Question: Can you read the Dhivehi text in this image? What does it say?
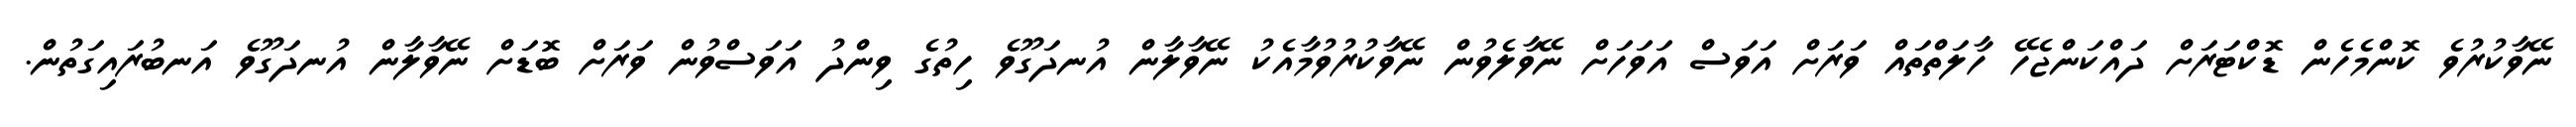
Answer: ނޭވާކުރުވެ ކޮންމެހެން ޑޮކްޓަރަށް ދައްކަންޖެހޭ ހާލަތްތައް ވަރަށް އަވަސް އަވަހަށް ނޭވާލެވުން ނޭވާކުރުވުމާއެކު ނޭވާލާން އުނދަގޫވެ ހިތުގެ ވިންދު އަވަސްވުން ވަރަށް ބޮޑަށް ނޭވާލާން އުނދަގޫވެ އަނބުރައިގަތުން.